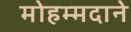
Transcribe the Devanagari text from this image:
मोहम्मदाने